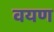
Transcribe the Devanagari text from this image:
वयण